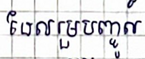
ដែលរួមបញ្ចូល